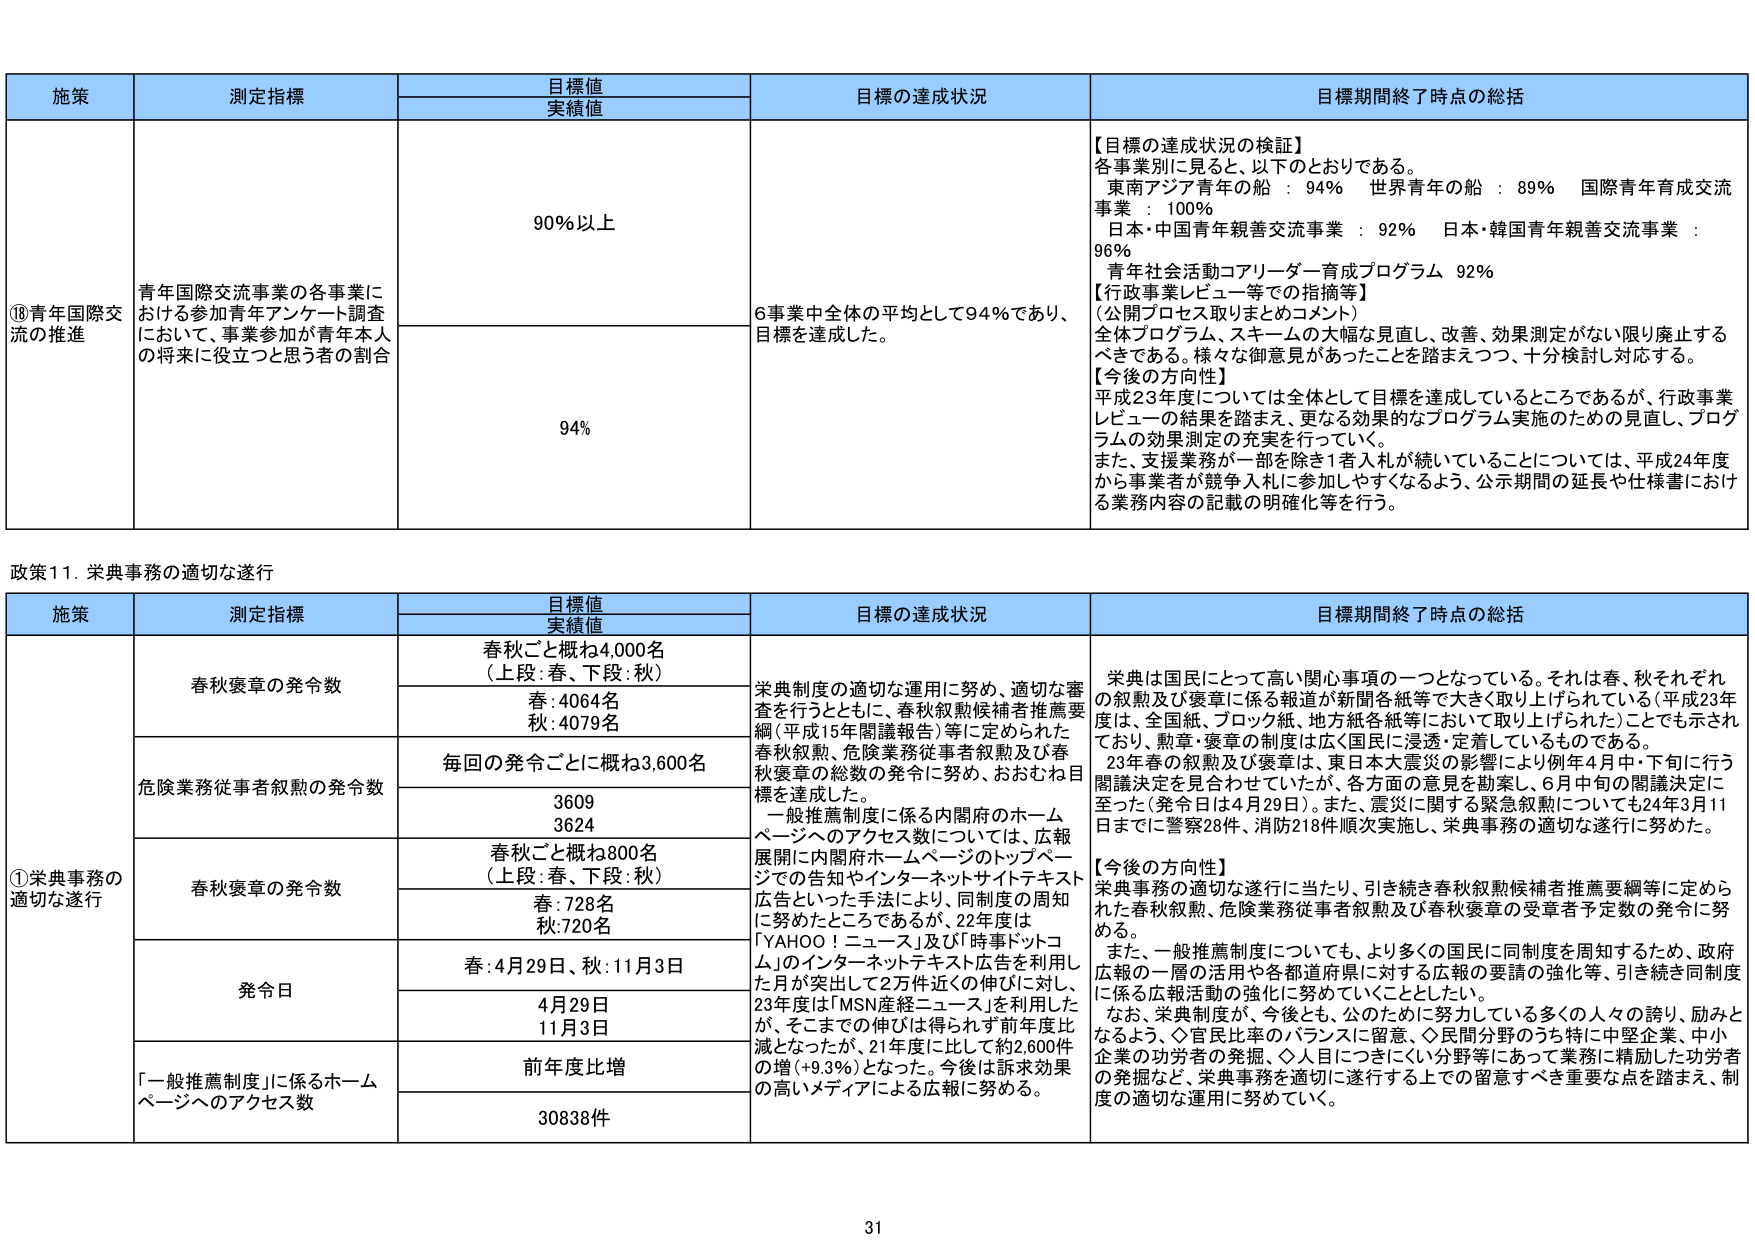
施策 測定指標 目標値 実績値 目標の達成状況 目標期間終了時点の総括
⑱青年国際交流の推進 青年国際交流事業の各事業における参加青年アンケート調査において、事業参加が青年本人の将来に役立つと思う者の割合 90％以上 6事業中全体の平均として94％であり、目標を達成した。 【目標の達成状況の検証】 各事業別に見ると、以下のとおりである。 東南アジア青年の船 ： 94％ 世界青年の船 ： 89％ 国際青年育成交流事業 ： 100％ 日本・中国青年親善交流事業 ： 92％ 日本・韓国青年親善交流事業 ： 96％ 青年社会活動コーリーダー育成プログラム 92％ 【行政事業レビュー等での指摘等】 （公開プロセス取りまとめのコメント） 全体プログラム、スキームの大幅な見直し、改善、効果測定がなない限り廃止するべきである。様々な御意見があったことを踏まえつつ、十分検討し対応する。 【今後の方向性】 平成23年度については全体として目標を達成しているところであるが、行政事業レビューの結果を踏まえ、更なる効果的なプログラム実施のための見直し、プログラムの効果測定の充実を行っていく。 また、支援業務が一部を除き1者入札が続いていることについては、平成24年度から事業者が競争入札に参加しやすくなるよう、公示期間の延長や仕様書における業務内容の記載の明確化等を行う。
94％
政策11．栄典事務の適切な遂行
施策 測定指標 目標値 実績値 目標の達成状況 目標期間終了時点の総括
①栄典事務の適切な遂行 春秋褒章の発令数 春秋ごと概ね4,000名 （上段：春、下段：秋） 春：4064名 秋：4079名 栄典制度の適切な運用に努め、適切な審査を行うとともに、春秋叙勲候補者推薦要綱（平成15年閣議報告）等に定められた春秋叙勲、危険業務従事者叙勲及び春秋褒章の総数の発令に努め、おおむね目標を達成した。 一般推薦制度に係る内閣府のホームページへのアクセス数については、広報展開に内閣府ホームページのトップページでの告知やインターネットサイトテキスト広告といった手法により、同制度の周知に努めたところであるが、22年度は「YAHOO！ニュース」及び「時事ドットコム」のインターネットテキスト広告を利用した月が突出して2万件近の伸びに対し、23年度は「MSN産経ニュース」を利用したが、そこまでの伸びは得られず前年度比減となったが、21年度に比して約2,600件の増（+9.3％）となった。今後は訴求効果の高いメディアによる広報に努める。 栄典は国民にとって高い関心事項の一つとなっている。それは春、秋それぞれの叙勲及び褒章に係る報道が新聞各紙等で大きく取り上げられている（平成23年度は、全国紙、ブロック紙、地方紙各紙等において取り上げられた）ことでも示されており、勲章・褒章の制度は広く国民に浸透・定着しているものである。 23年春の叙勲及び褒章は、東日本大震災の影響により例年4月中・下旬に行う閣議決定を見合わせていたが、各方面の意見を勘案し、6月中旬の閣議決定に至った（発令日は4月29日）。また、震災に関する緊急叙勲についても24年3月11日までに警察28件、消防218件順次実施し、栄典事務の適切な遂行に努めた。 【今後の方向性】 栄典事務の適切な遂行に当たり、引き続き春秋叙勲候補者推薦要綱等に定められた春秋叙勲、危険業務従事者叙勲及び春秋褒章の受章者予定数の発令に努める。 また、一般推薦制度についても、より多くの国民に同制度を周知するため、政府広報の一層の活用や各都道府県に対する広報の要請の強化等、引き続き同制度に係る広報活動の強化に努めていくこととしたい。 なお、栄典制度が、今後とも、公のためになし努力している多くの人々の誇り、励みとなるよう、◇官民比率のバランスに留意、◇民間分野のうち特に中堅企業、中小企業の功労者の発掘、◇人目につきにくい分野等にあって業務に精励した功労者の発掘など、栄典事務を適切に遂行する上での留意すべき重要な点を踏まえ、制度の適切な運用に努めていく。
危険業務従事者叙勲の発令数 毎回の発令ごとに概ね3,600名 3609 3624
春秋褒章の発令数 春秋ごと概ね800名 （上段：春、下段：秋） 春：728名 秋：720名
発令日 春：4月29日、秋：11月3日 4月29日 11月3日
「一般推薦制度」に係るホームページへのアクセス数 前年度比増 30838件
31